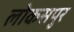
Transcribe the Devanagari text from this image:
लोकसपुर